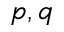
p , q